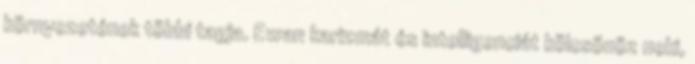
környezetének többi tagja. Ewan karizmát és intelligenciát kölcsönöz neki,